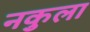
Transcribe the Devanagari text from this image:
नकुला